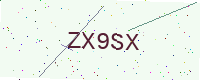
Text: ZX9SX